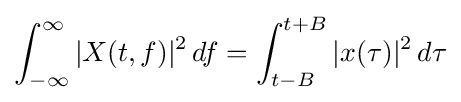
\int _{-\infty }^{\infty }|X(t,f)|^{2}\,df=\int _{t-B}^{t+B}|x(\tau )|^{2}\,d\tau